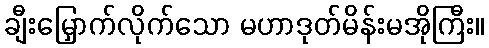
ချီးမြှောက်လိုက်သော မဟာဒုတ်မိန်းမအိုကြီး။